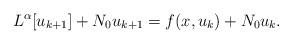
LaTeX: \begin{align*}L^\alpha[u_{k+1}]+N_0u_{k+1} = f(x,u_k)+N_0u_k .\end{align*}